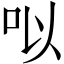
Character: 㕽